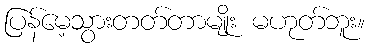
ပြန်မေ့သွားတတ်တာမျိုး မဟုတ်ဘူး။